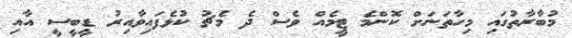
މުބާރާތުގައި މިހާތަނަށް ކޮންމެ ޓީމެއް ވެސް ދެ މެޗު ކުޅެފައިވާއިރު ޑީބީސީ އާއި